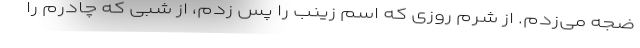
ضجه می‌زدم. از شرم روزی که اسم زینب را پس زدم، از شبی که چادرم را